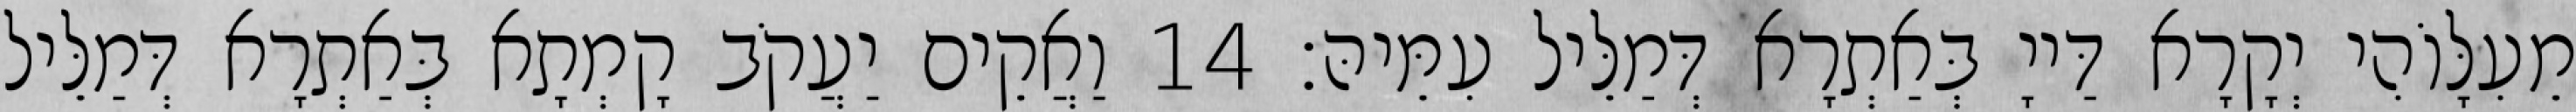
מֵעִלָּוֹהִי יְקָרָא דַּייָ בְּאַתְרָא דְּמַלֵּיל עִמֵּיהּ׃ 14 וַאֲקֵים יַעֲקֹב קָמְתָא בְּאַתְרָא דְּמַלֵּיל